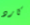
كارد